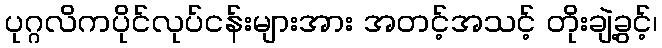
ပုဂ္ဂလိကပိုင်လုပ်ငန်းများအား အတင့်အသင့် တိုးချဲ့ခွင့်၊